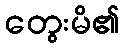
တွေးမိ၏